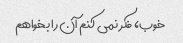
خوب، فکر نمی کنم آن را بخواهم